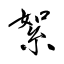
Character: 絮